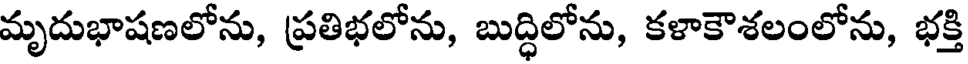
మృదుభాషణలోను, ప్రతిభలోను, బుద్ధిలోను, కళాకౌశలంలోను, భక్తి